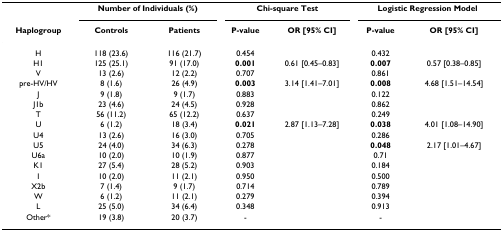
<table><thead><tr><td></td><td colspan="2"><b>Number of Individuals (%)</b></td><td colspan="2"><b>Chi-square Test</b></td><td colspan="2"><b>Logistic Regression Model</b></td></tr><tr><td><b>Haplogroup</b></td><td><b>Controls</b></td><td><b>Patients</b></td><td><b>P-value</b></td><td><b>OR [95% CI]</b></td><td><b>P-value</b></td><td><b>OR [95% CI]</b></td></tr></thead><tbody><tr><td>H</td><td>118 (23.6)</td><td>116 (21.7)</td><td>0.454</td><td></td><td>0.432</td><td></td></tr><tr><td>H1</td><td>125 (25.1)</td><td>91 (17.0)</td><td><b>0.001</b></td><td>0.61 [0.45–0.83]</td><td><b>0.007</b></td><td>0.57 [0.38–0.85]</td></tr><tr><td>V</td><td>13 (2.6)</td><td>12 (2.2)</td><td>0.707</td><td></td><td>0.861</td><td></td></tr><tr><td>pre-HV/HV</td><td>8 (1.6)</td><td>26 (4.9)</td><td><b>0.003</b></td><td>3.14 [1.41–7.01]</td><td><b>0.008</b></td><td>4.68 [1.51–14.54]</td></tr><tr><td>J</td><td>9 (1.8)</td><td>9 (1.7)</td><td>0.883</td><td></td><td>0.122</td><td></td></tr><tr><td>J1b</td><td>23 (4.6)</td><td>24 (4.5)</td><td>0.928</td><td></td><td>0.862</td><td></td></tr><tr><td>T</td><td>56 (11.2)</td><td>65 (12.2)</td><td>0.637</td><td></td><td>0.249</td><td></td></tr><tr><td>U</td><td>6 (1.2)</td><td>18 (3.4)</td><td><b>0.021</b></td><td>2.87 [1.13–7.28]</td><td><b>0.038</b></td><td>4.01 [1.08–14.90]</td></tr><tr><td>U4</td><td>13 (2.6)</td><td>16 (3.0)</td><td>0.705</td><td></td><td>0.286</td><td></td></tr><tr><td>U5</td><td>24 (4.0)</td><td>34 (6.3)</td><td>0.278</td><td></td><td><b>0.048</b></td><td>2.17 [1.01–4.67]</td></tr><tr><td>U6a</td><td>10 (2.0)</td><td>10 (1.9)</td><td>0.877</td><td></td><td>0.71</td><td></td></tr><tr><td>K1</td><td>27 (5.4)</td><td>28 (5.2)</td><td>0.903</td><td></td><td>0.184</td><td></td></tr><tr><td>I</td><td>10 (2.0)</td><td>11 (2.1)</td><td>0.950</td><td></td><td>0.500</td><td></td></tr><tr><td>X2b</td><td>7 (1.4)</td><td>9 (1.7)</td><td>0.714</td><td></td><td>0.789</td><td></td></tr><tr><td>W</td><td>6 (1.2)</td><td>11 (2.1)</td><td>0.279</td><td></td><td>0.394</td><td></td></tr><tr><td>L</td><td>25 (5.0)</td><td>34 (6.4)</td><td>0.348</td><td></td><td>0.913</td><td></td></tr><tr><td>Other*</td><td>19 (3.8)</td><td>20 (3.7)</td><td>-</td><td></td><td>-</td><td></td></tr></tbody></table>